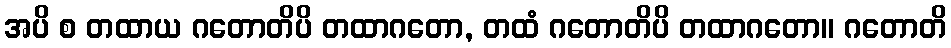
အပိ စ တထာယ ဂတောတိပိ တထာဂတော, တထံ ဂတောတိပိ တထာဂတော။ ဂတောတိ